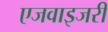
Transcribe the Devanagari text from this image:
एजवाइजरी